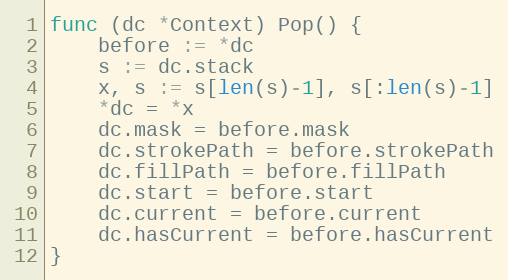
Language: Go
func (dc *Context) Pop() {
	before := *dc
	s := dc.stack
	x, s := s[len(s)-1], s[:len(s)-1]
	*dc = *x
	dc.mask = before.mask
	dc.strokePath = before.strokePath
	dc.fillPath = before.fillPath
	dc.start = before.start
	dc.current = before.current
	dc.hasCurrent = before.hasCurrent
}